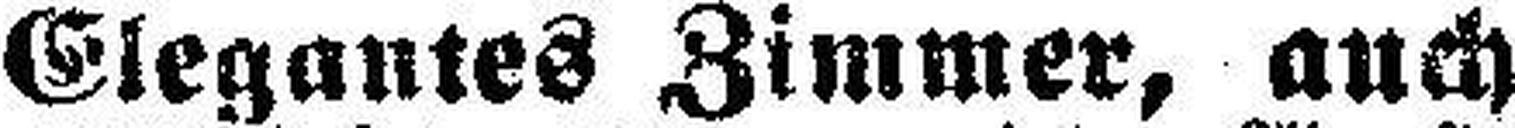
Elegantes Zimmer, auch